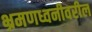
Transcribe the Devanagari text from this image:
भ्रमणध्वनीवरील